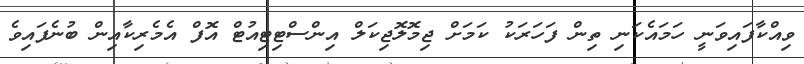
ވިއްކާފައިވަނީ ހަމައެކަނި ތިން ފަހަރަކު ކަމަށް ޖިމޮލޮޖިކަލް އިންސްޓިޓިއުޓް އޮފް އެމެރިކާއިން ބުނެފައިވެ